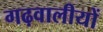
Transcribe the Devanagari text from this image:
गढ़वालीयों